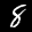
Label: 8